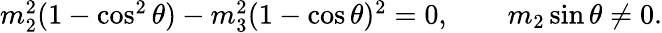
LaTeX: \begin{array}{r}{m_{2}^{2}(1-\cos^{2}\theta)-m_{3}^{2}(1-\cos\theta)^{2}=0,\qquad m_{2}\sin\theta\ne 0.}\end{array}